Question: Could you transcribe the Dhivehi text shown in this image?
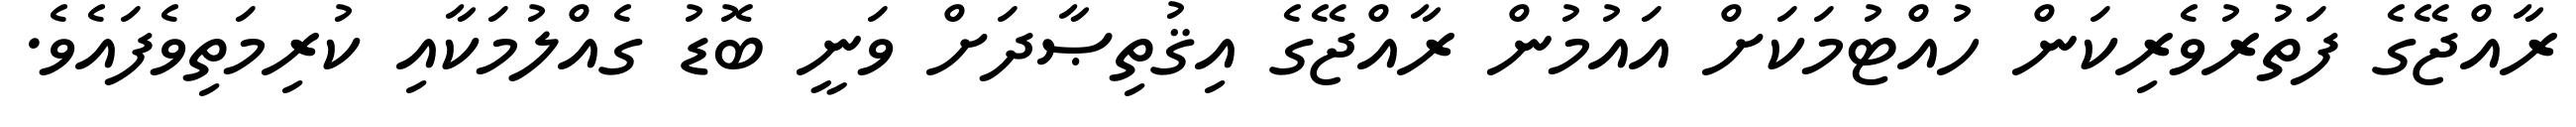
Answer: ރާއްޖޭގެ ފަތުރުވެރިކަން ހުއްޓުމަކަށް އައުމުން ރާއްޖޭގެ އިޤުތިޞާދަށް ވަނީ ބޮޑު ގެއްލުމަކާއި ކުރިމަތިވެފައެވެ.